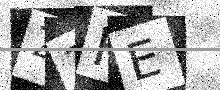
Text: 21KE